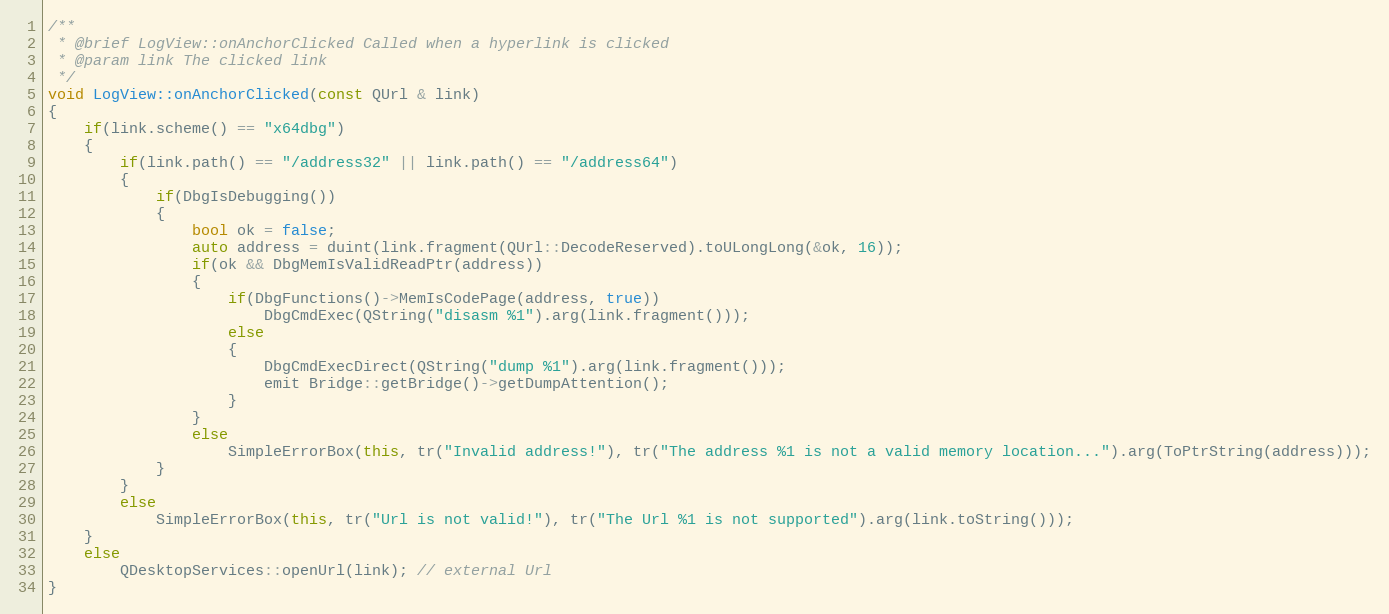
Language: C++
/**
 * @brief LogView::onAnchorClicked Called when a hyperlink is clicked
 * @param link The clicked link
 */
void LogView::onAnchorClicked(const QUrl & link)
{
    if(link.scheme() == "x64dbg")
    {
        if(link.path() == "/address32" || link.path() == "/address64")
        {
            if(DbgIsDebugging())
            {
                bool ok = false;
                auto address = duint(link.fragment(QUrl::DecodeReserved).toULongLong(&ok, 16));
                if(ok && DbgMemIsValidReadPtr(address))
                {
                    if(DbgFunctions()->MemIsCodePage(address, true))
                        DbgCmdExec(QString("disasm %1").arg(link.fragment()));
                    else
                    {
                        DbgCmdExecDirect(QString("dump %1").arg(link.fragment()));
                        emit Bridge::getBridge()->getDumpAttention();
                    }
                }
                else
                    SimpleErrorBox(this, tr("Invalid address!"), tr("The address %1 is not a valid memory location...").arg(ToPtrString(address)));
            }
        }
        else
            SimpleErrorBox(this, tr("Url is not valid!"), tr("The Url %1 is not supported").arg(link.toString()));
    }
    else
        QDesktopServices::openUrl(link); // external Url
}